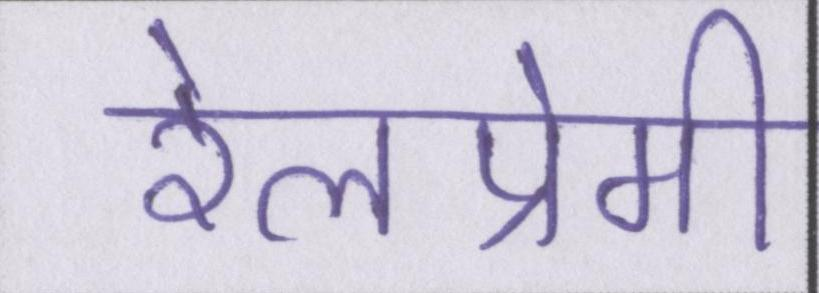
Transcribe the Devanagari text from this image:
रेलप्रेमी